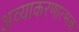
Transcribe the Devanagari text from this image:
अव्याकरणात्मक